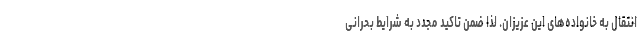
انتقال به خانواده‌های این عزیزان. لذا ضمن تاکید مجدد به شرایط بحرانی